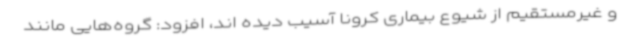
و غیرمستقیم از شیوع بیماری کرونا آسیب دیده اند، افزود: گروه‌هایی مانند